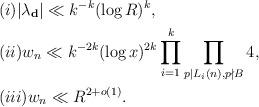
LaTeX: \begin{align*}&(i)|\lambda_\mathbf{d}|\ll k^{-k}(\log{R})^k,\\&(ii)w_n\ll k^{-2k}(\log{x})^{2k}\prod_{i=1}^k\prod_{p|L_i(n),p\nmid B}4,\\&(iii)w_n\ll R^{2+o(1)}.\end{align*}